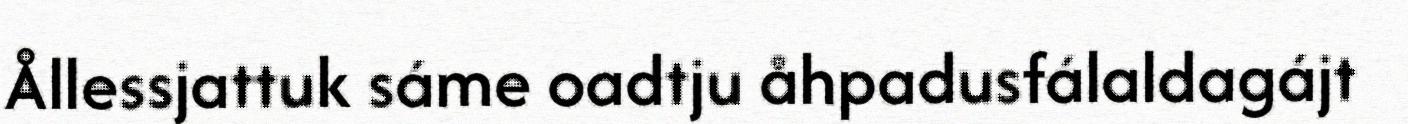
Ållessjattuk sáme oadtju åhpadusfálaldagájt